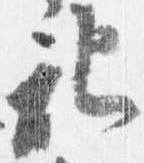
記